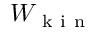
W _ { \mathrm { ~ k ~ i ~ n ~ } }